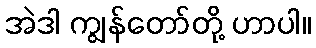
အဲဒါ ကျွန်တော်တို့ ဟာပါ။